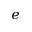
e